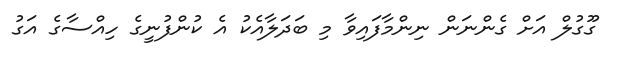
ގޫގުލް އަށް ގެންނަން ނިންމާފައިވާ މި ބަދަލާއެކު އެ ކުންފުނީގެ ހިއްސާގެ އަގު